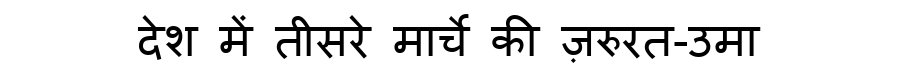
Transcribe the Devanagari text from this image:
देश में तीसरे मार्चे की ज़रुरत-उमा